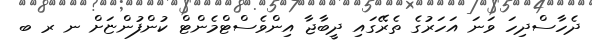
ދެހާސްދިހަ ވަނަ އަހަރުގެ ތެރޭގައި ދީބާޖާ އިންވެސްޓްމެންޓް ކުންފުންޏަށް ނ ރ ބ